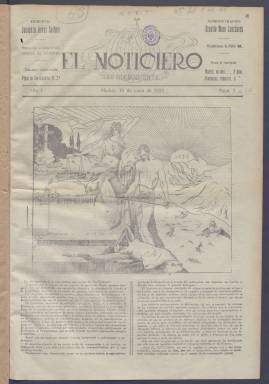
Título: El Noticiero (Madrid. 1923)
Colección: Periódicos
Ámbito geográfico: Madrid
Lugar de publicación: Madrid
Fechas: 19/06/1923-12/07/1923